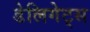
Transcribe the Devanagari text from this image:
डेलिगेट्स